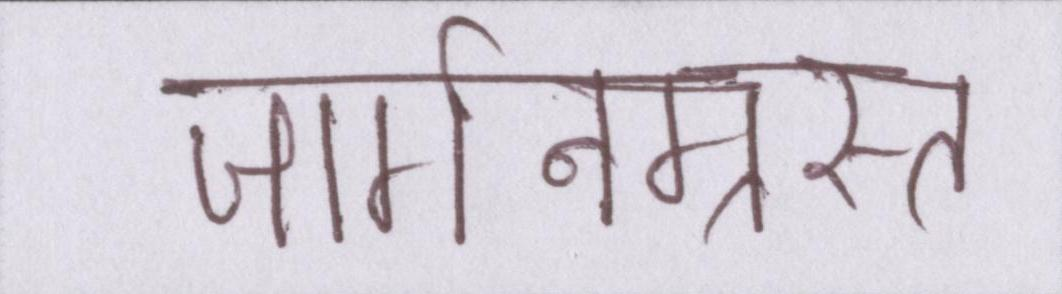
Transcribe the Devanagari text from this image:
जार्गनग्रस्त